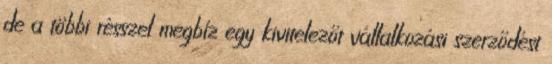
de a többi résszel megbíz egy kivitelezőt vállalkozási szerződést